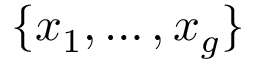
\{ x _ { 1 } , \dots , x _ { g } \}